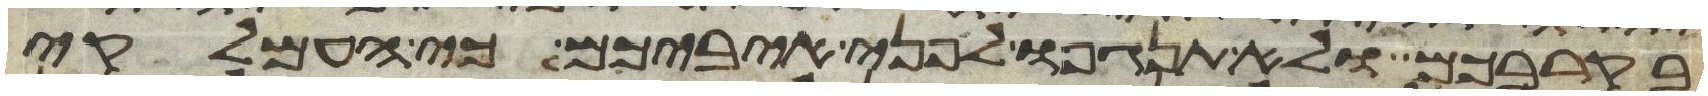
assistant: בקרבכם ולא תנגפו לפני איביכם כי העמלקי